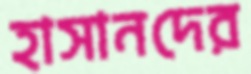
হাসানদের